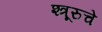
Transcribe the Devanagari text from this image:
श्त्रूरुचे